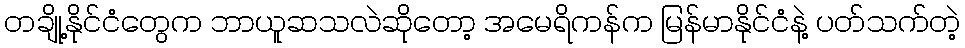
တချို့နိုင်ငံတွေက ဘာယူဆသလဲဆိုတော့ အမေရိကန်က မြန်မာနိုင်ငံနဲ့ ပတ်သက်တဲ့